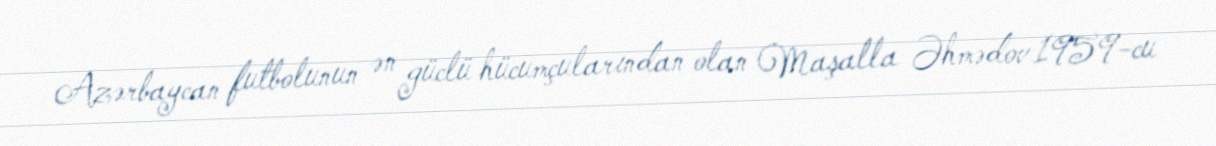
Azərbaycan futbolunun ən güclü hücumçularından olan Maşalla Əhmədov 1959-cu